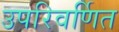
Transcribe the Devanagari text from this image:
उपरिवर्णित